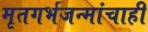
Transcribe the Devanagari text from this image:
मृतगर्भजन्मांचाही